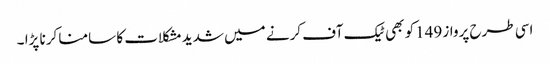
اسی طرح پرواز 149کو بھی ٹیک آف کرنے میں شدیدمشکلات کا سامنا کرنا پڑا ۔